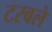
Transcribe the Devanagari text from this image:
टरवले